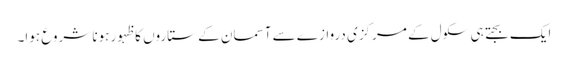
ایک بجتے ہی سکول کے مرکزی دروازے سے آسمان کے ستاروں کا ظہور ہونا شروع ہوا۔